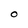
Character: O